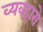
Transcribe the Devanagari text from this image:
व्यवहारो